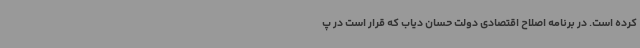
کرده است. در برنامه اصلاح اقتصادی دولت حسان دیاب که قرار است در پ